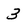
Character: 3